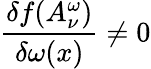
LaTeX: \frac{\delta f(A_{\nu}^{\omega})}{\delta\omega(x)}\neq 0